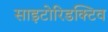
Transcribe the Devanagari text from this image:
साइटोरिडक्टिव